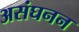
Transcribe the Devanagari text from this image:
असंघनन